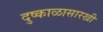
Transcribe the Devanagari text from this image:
दुष्काळासारखी